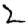
Digit: 2